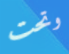
وتحت